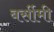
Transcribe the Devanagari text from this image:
बर्सीमी